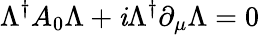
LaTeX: \Lambda^{\dagger}A_{0}\Lambda+\mathit{i}\Lambda^{\dagger}\partial_{\mu}\Lambda=0